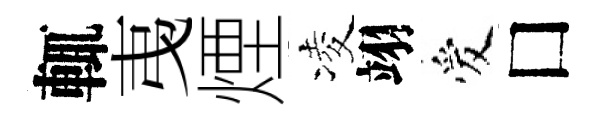
輒𢎯煙凌翊爱□